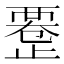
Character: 𱥇